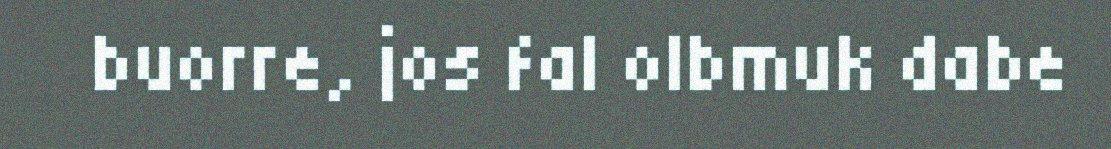
buorre, jos fal olbmuk dabe